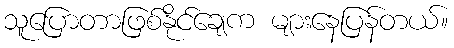
သူပြောတာဖြစ်နိုင်ချေက များနေပြန်တယ်။